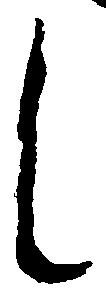
し